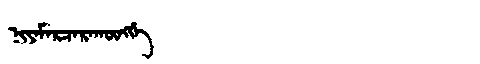
Manchu: ᠨᡳᠶᠠᠮᠠᡵᠴᠠᡵᠠᡴᡡᠩᡤᡝ
Romanization: NIYAMARCARAKŪNGGE